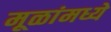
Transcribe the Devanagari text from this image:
मूळांमध्ये